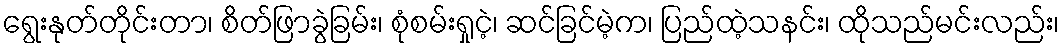
ရွေးနုတ်တိုင်းတာ၊ စိတ်ဖြာခွဲခြမ်း၊ စုံစမ်းရှုငဲ့၊ ဆင်ခြင်မဲ့က၊ ပြည်ထဲ့သနင်း၊ ထိုသည်မင်းလည်း၊